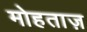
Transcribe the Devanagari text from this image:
मोहताज़